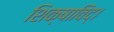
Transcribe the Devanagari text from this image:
शिक्षाविद्।